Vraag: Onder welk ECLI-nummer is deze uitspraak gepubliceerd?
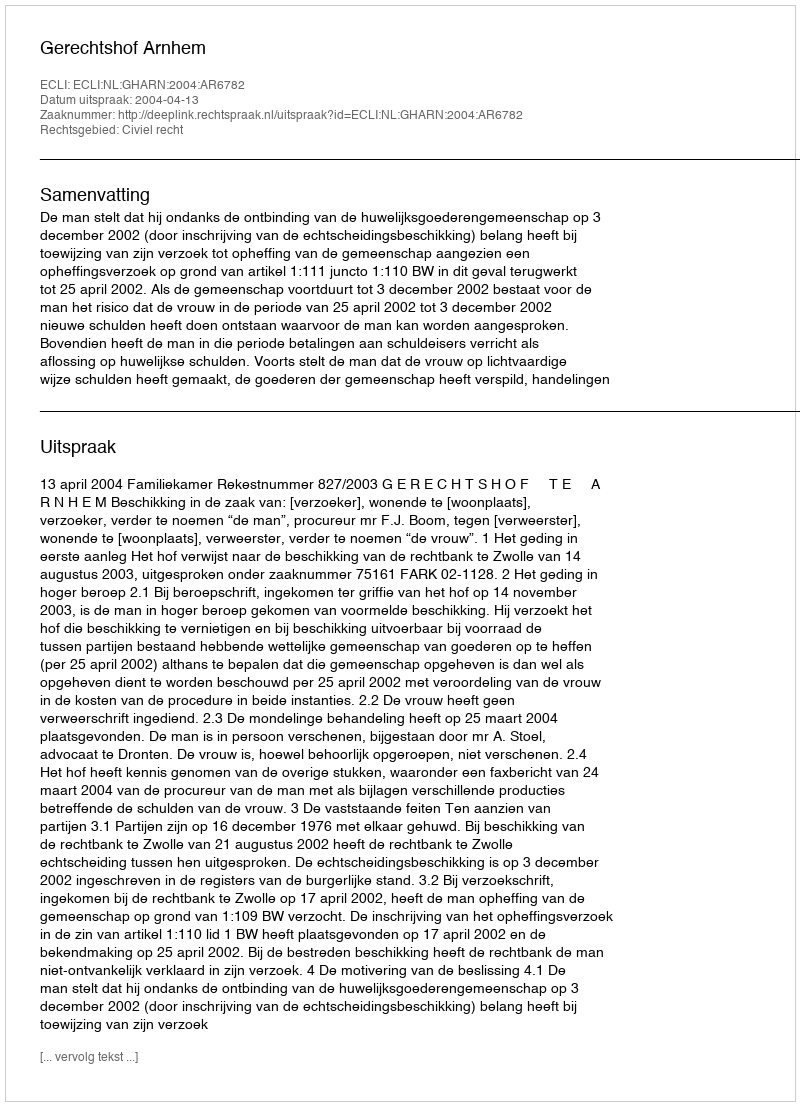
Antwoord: ECLI:NL:GHARN:2004:AR6782